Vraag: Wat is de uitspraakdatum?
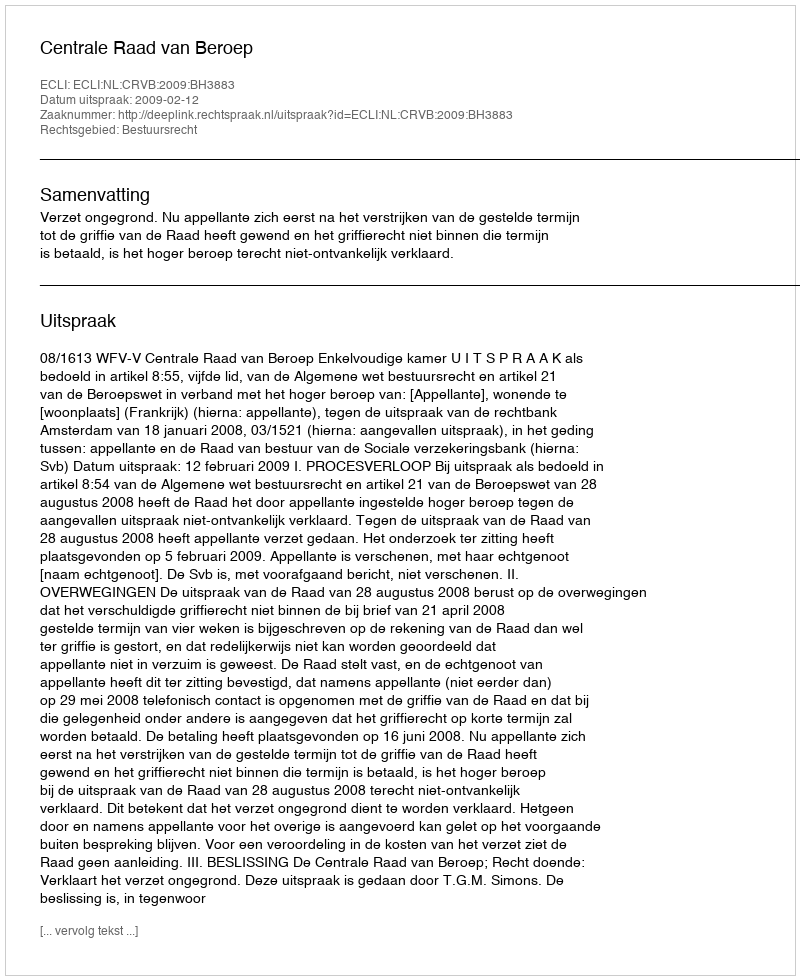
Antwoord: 2009-02-12